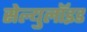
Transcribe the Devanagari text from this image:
सेल्युलॉइड